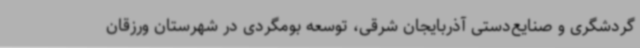
گردشگری و صنایع‌دستی آذربایجان شرقی، توسعه بومگردی در شهرستان ورزقان